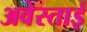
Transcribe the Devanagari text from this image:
अवेस्ताई